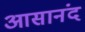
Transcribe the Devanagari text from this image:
आसानंद